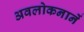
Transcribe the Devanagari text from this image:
अवलोकनानें